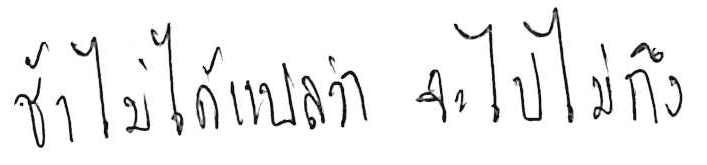
ช้า ไม่ได้แปลว่า จะไปไม่ถึง